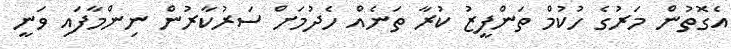
އެެގޮތުން މަރުގެ ހުކުމް ތަންފީޒު ކުރާ ތަނެއް ހެދުމަށް ސަރުކާރުން ނިންމާފައި ވަނީ